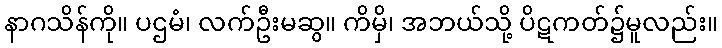
နာဂသိန်ကို။ ပဌမံ၊ လက်ဦးမဆွ။ ကိမှိ၊ အဘယ်သို့ ပိဋကတ်၌မူလည်း။